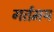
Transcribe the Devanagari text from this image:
गर्तमय